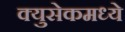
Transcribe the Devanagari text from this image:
क्युसेकमध्ये